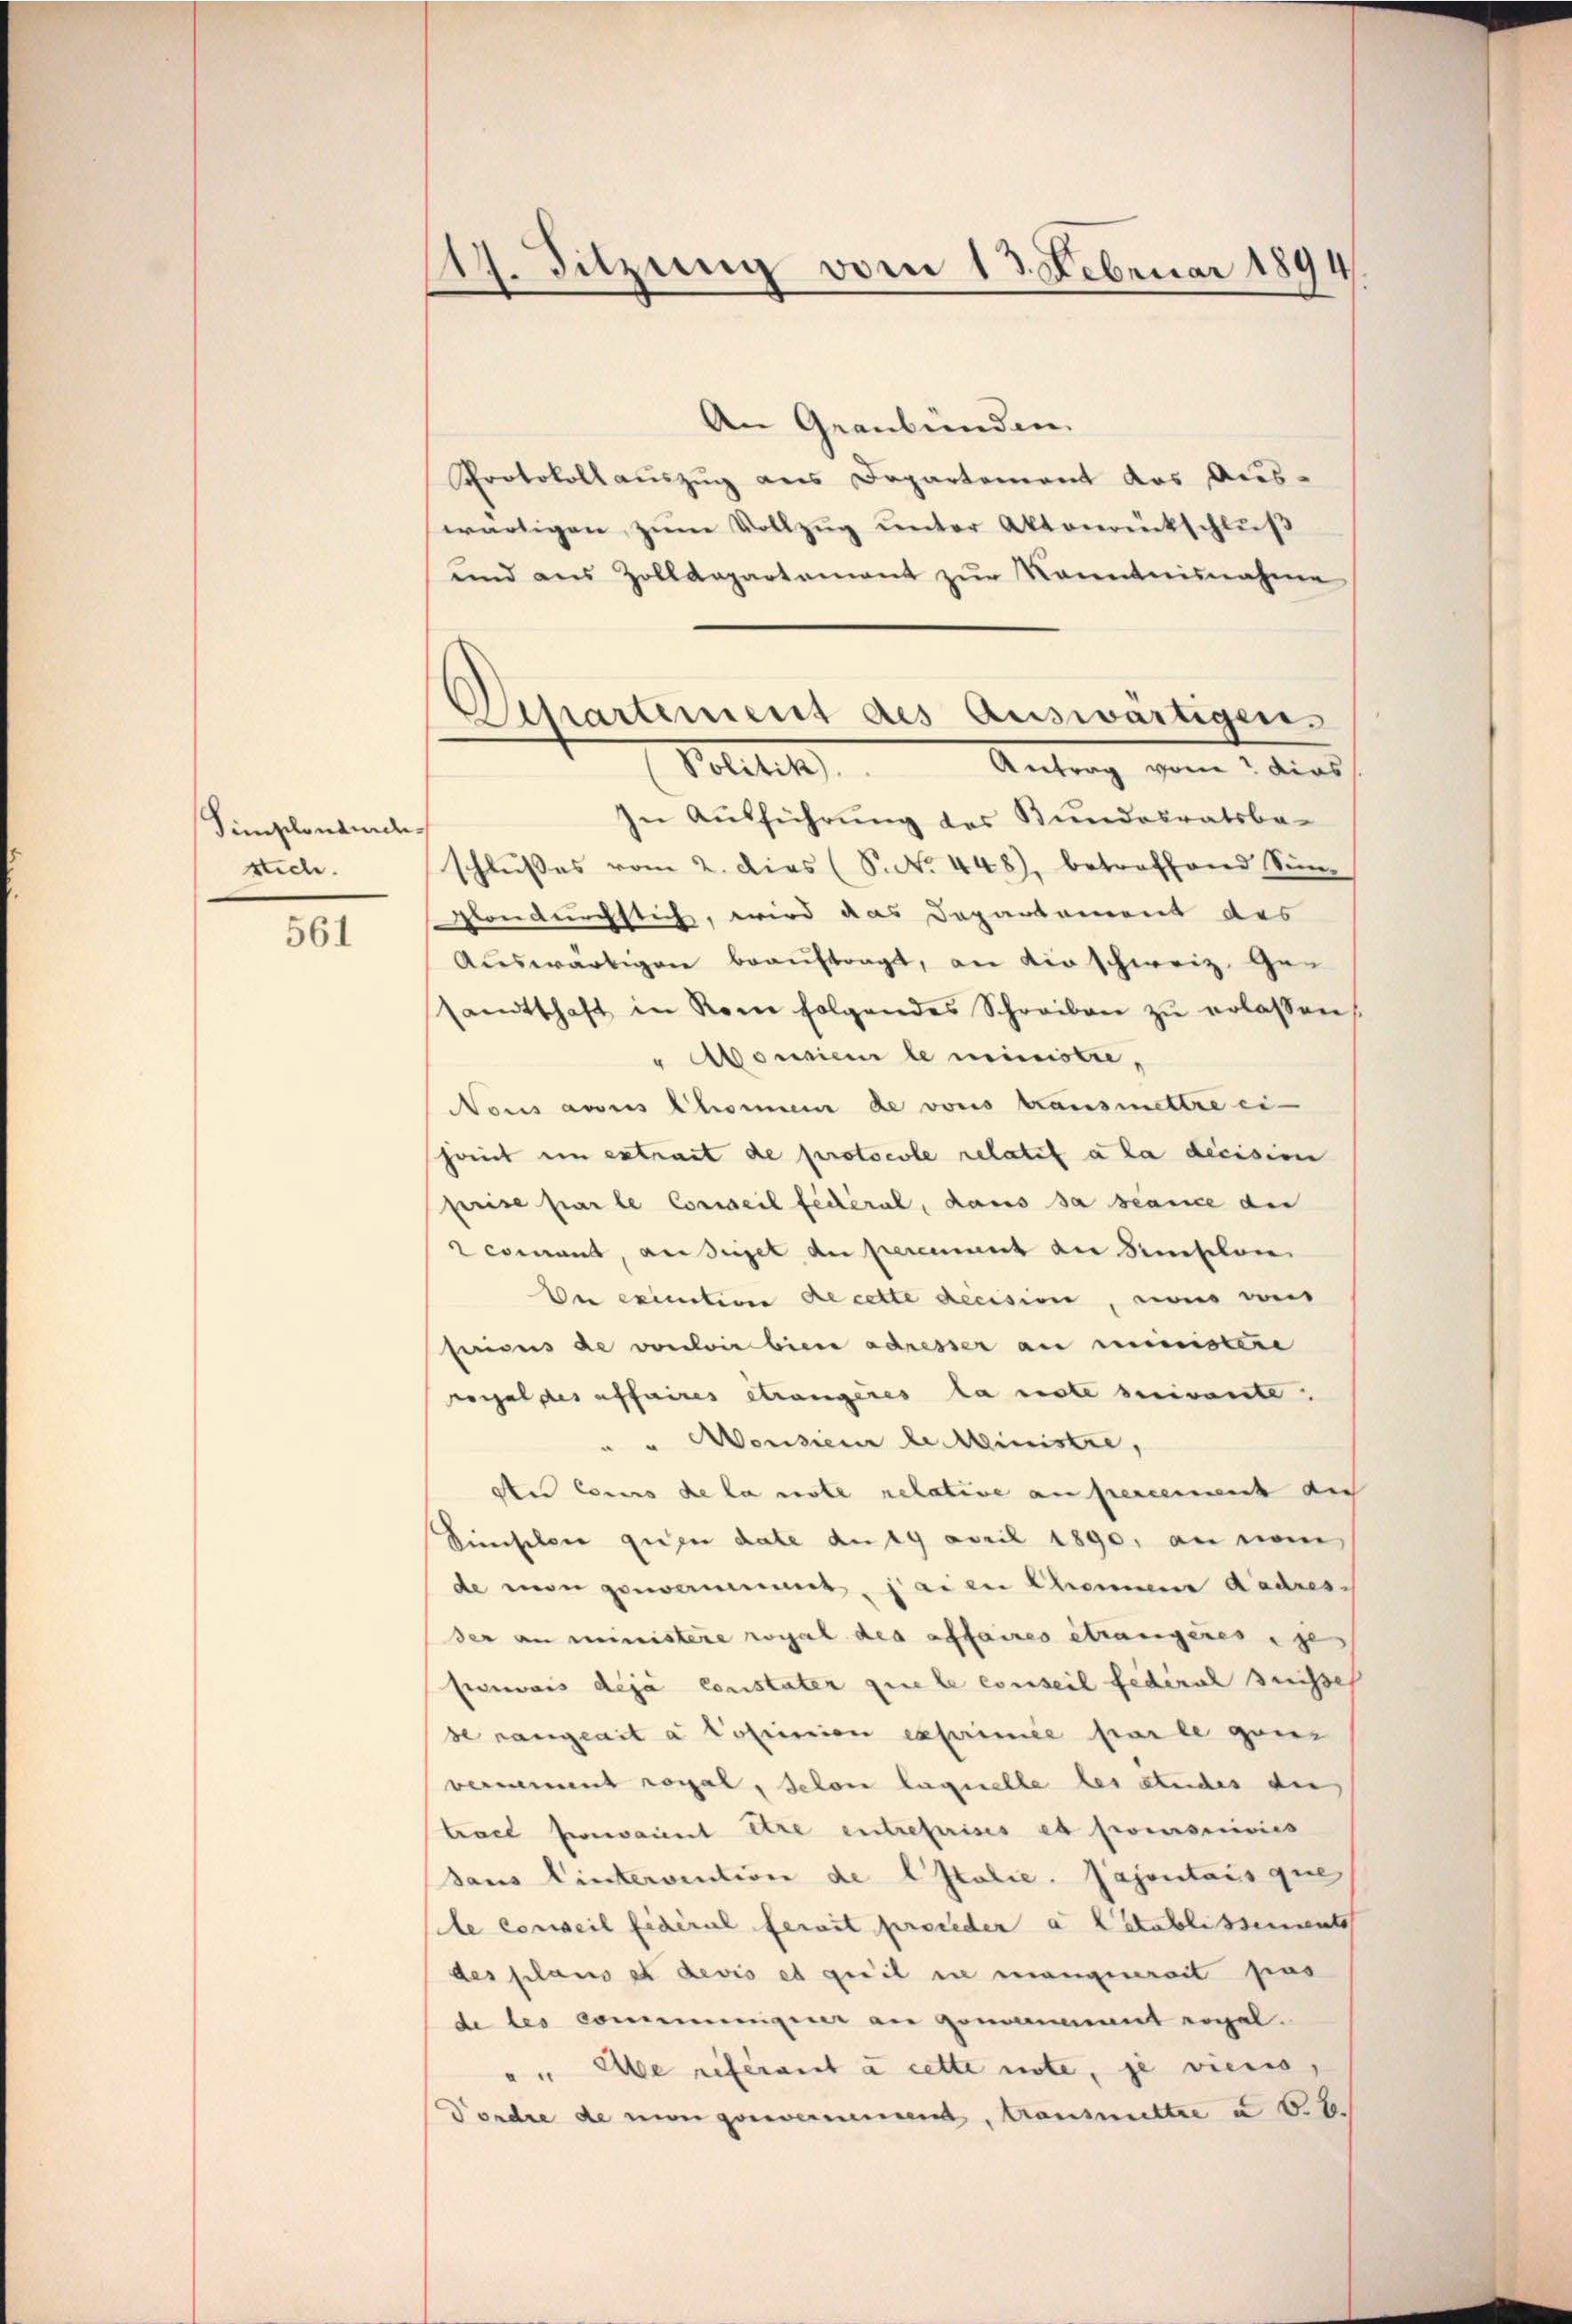
Simplonandes
stich.

561

117. Sitzung vom 13. Februar 1894

.
.
Spartement des Auswärtigen.
Antrag von dies
Bolle

An Graubünden.
Protokoll auszug aus Departement das Aus-
wärtigen zum Vollzug unter Aktenrückschluß
und aus Zolldepartement zŭr Kenntnisnahme
In Ausführung des Bundesratsbe-
schlußes vom 2. dies (S. N. 448), betreffend Sin
glondurchstich, wird das Departement des
Auswärtigen beauftragt, an Kirschweiz. Gesamtschaft in Rom folgendes Schreiben zŭ erlassen
" orien le ministre¬
Nous aus Chommen de vons transmettre eisomit en extract de protocole relatif à la decision
prise par le Conseil fédéral, dans sa stance der
comand, ansigel an permant der Amselone
Ver excention de cette decision, sono vors
feriens de von wir bien adresser an ministere
vogel des affaires etwangeres la reste suivante.
" "Aensieur le Ministre,
den cens de la note relative an percement auch
Finsler quiper date de 19 April 1890, an nom
de man genommmet, seien Chemine dadresder an ministere real des affaires étrangeres ge
penweis déjà constater que le conseil fédéral Suisse
de rangeait à possinion exprimée par le ganz
vernement rogal, selon laquelle les studes di
trael seraient être entreferises et promissives
daus Wintervention de stolie. Pajontais que
le conseil fidéral serait proceder a Catablissements
des plans et devis et queil in mangenerait pas
de les communger an genannt ergal.
Abe referant à cette note, je vienis
Dordre de man geneimmend, transmittre u 6.6.